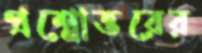
প্রশ্নোত্তরের